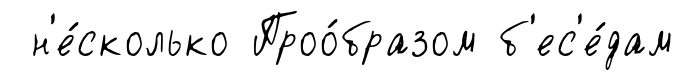
н'е́сколько Проо́бразом б'ес'е́дам